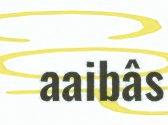
aaibâs